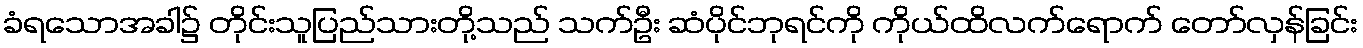
ခံရသောအခါ၌ တိုင်းသူပြည်သားတို့သည် သက်ဦး ဆံပိုင်ဘုရင်ကို ကိုယ်ထိလက်ရောက် တော်လှန်ခြင်း